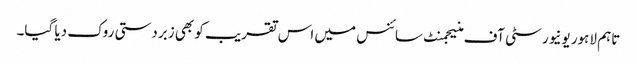
تاہم لاہور یونیورسٹی آف منیجمنٹ سائنس میں اس تقریب کو بھی زبردستی روک دیا گیا۔